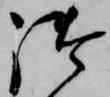
御